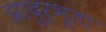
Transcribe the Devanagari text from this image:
प्रादुर्भूता